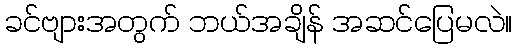
ခင်ဗျားအတွက် ဘယ်အချိန် အဆင်ပြေမလဲ။